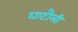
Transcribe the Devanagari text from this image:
घाटौली